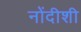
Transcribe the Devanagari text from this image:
नोंदीशी